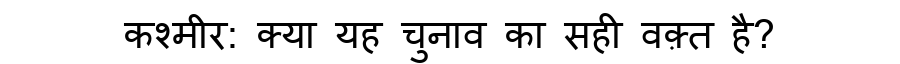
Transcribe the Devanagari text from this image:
कश्मीर: क्या यह चुनाव का सही वक़्त है?